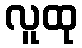
လူထု